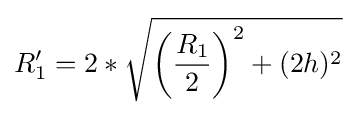
R_{1}'=2*{\sqrt {\left({\frac {R_{1}}{2}}\right)^{2}+(2h)^{2}}}